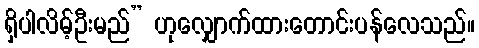
ရှိပါလိမ့်ဦးမည်” ဟုလျှောက်ထားတောင်းပန်လေသည်။